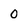
Character: 0